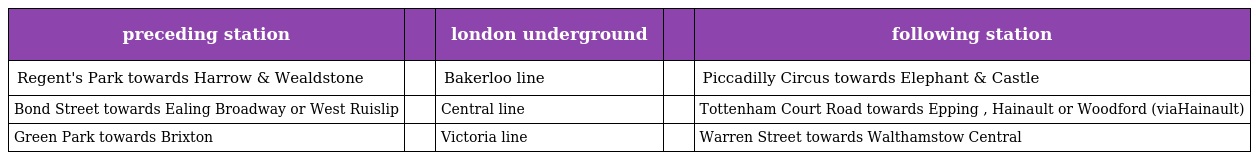
| preceding station |  | london underground |  | following station |
 | --- | --- | --- | --- | --- |
 | Regent's Park towards Harrow & Wealdstone |  | Bakerloo line |  | Piccadilly Circus towards Elephant & Castle |
 | Bond Street towards Ealing Broadway or West Ruislip |  | Central line |  | Tottenham Court Road towards Epping , Hainault or Woodford (viaHainault) |
 | Green Park towards Brixton |  | Victoria line |  | Warren Street towards Walthamstow Central |